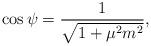
LaTeX: \begin{align*}\cos\psi=\frac{1}{\sqrt{1+\mu^2m^2}},\end{align*}